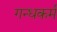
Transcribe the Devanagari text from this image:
गन्धकर्म